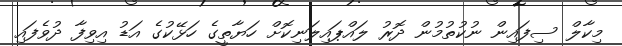
މިކާލް ސިފައިން ނުކުތުމުން ދޮރު ލައްޕައިލަނިކޮށް ހަޔާތީގެ ހަޅޭކުގެ އަޑު އިވިފާ ދުވެފައި